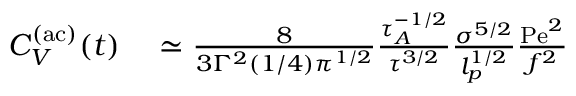
\begin{array} { r l } { C _ { V } ^ { \mathrm { ( a c ) } } ( t ) } & { { } \simeq \frac { 8 } { 3 \Gamma ^ { 2 } ( 1 / 4 ) { \pi } ^ { 1 / 2 } } \frac { \tau _ { A } ^ { - 1 / 2 } } { { \tau } ^ { 3 / 2 } } \frac { \sigma ^ { 5 / 2 } } { l _ { p } ^ { 1 / 2 } } \frac { \mathrm { P e } ^ { 2 } } { f ^ { 2 } } } \end{array}